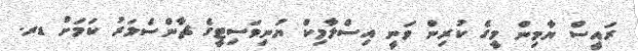
ރައީސް ޔާމިން މީގެ ކުރިން ވަނީ އިސްލާމިކް ޔުނިވަސިޓީގެ ޗާންސެލަރު ކަމަށް ޑރ.